Vaccination North-Western Provinces 1866-1877 - 1866-1877
Year: 1866
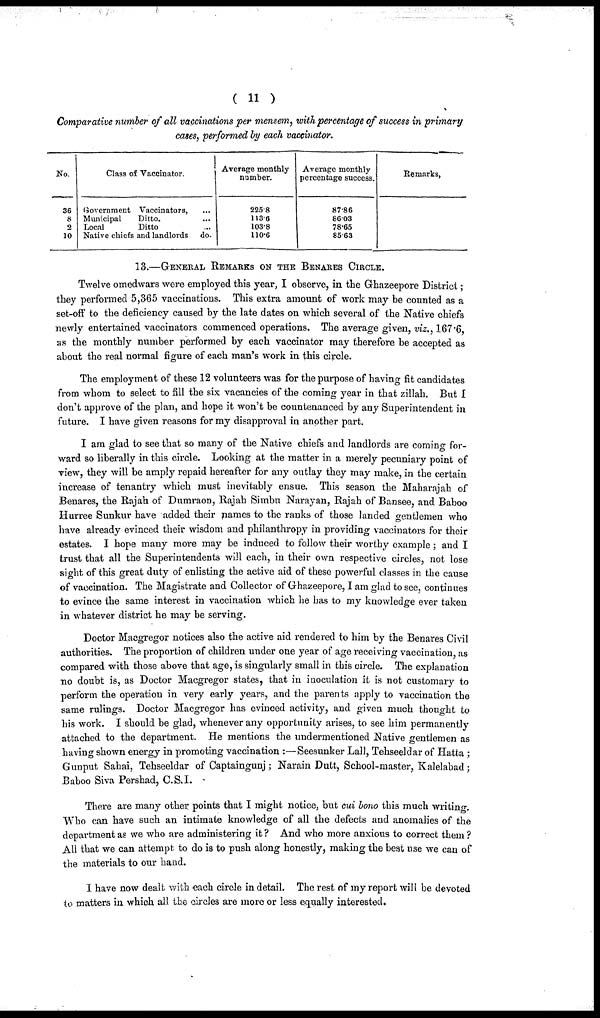
( 11 )
Comparative number of all vaccinations per mensem, with percentage of success in primary
cases, performed by each vaccinator.
No.
36
8
2
10
Class of Vaccinator.
Government Vaccinators, ...
Municipal
Ditto. ...
Local
Ditto. ...
Native chiefs and landlords
do.
Average monthly
number.
225.8
113.6
103.8
110.6
Average monthly
percentage success.
87.86
86.03
78.65
85.63
Remarks,
13.—GENERAL REMARKS ON THE BENARES CIRCLE.
Twelve omedwars were employed this year, I observe, in the Ghazeepore District;
they performed 5,365 vaccinations. This extra amount of work may be counted as a
set-off to the deficiency caused by the late dates on which several of the Native chiefs
newly entertained vaccinators commenced operations. The average given, viz., 167.6
as the monthly number performed by each vaccinator may therefore be accepted as
about the real normal figure of each man's work in this circle.
The employment of these 12 volunteers was for the purpose of having fit candidates
from whom to select to fill the six vacancies of the coming year in that zillah. But I
don't approve of the plan, and hope it won't be countenanced by any Superintendent in
future. I have given reasons for my disapproval in another part.
I am glad to see that so many of the Native chiefs and landlords are coming for-
ward so liberally in this circle. Looking at the matter in a merely pecuniary point of
view, they will be amply repaid hereafter for any outlay they may make, in the certain
increase of tenantry which must inevitably ensue. This season the Maharajah of
Benares, the Rajah of Dumraon, Rajah Simbu Narayan, Rajah of Bansee, and Baboo
Hurree Sunkur have added their names to the ranks of those landed gentlemen who
have already evinced their wisdom and philanthropy in providing vaccinators for their
estates. I hope many more may be induced to follow their worthy example ; and I
trust that all the Superintendents will each, in their own respective circles, not lose
sight of this great duty of enlisting the active aid of these powerful classes in the cause
of vaccination. The Magistrate and Collector of Ghazeepore, I am glad to see, continues
to evince the same interest in vaccination which he has to my knowledge ever taken
in whatever district he may be serving.
Doctor Macgregor notices also the active aid rendered to him by the Benares Civil
authorities. The proportion of children under one year of age receiving vaccination, as
compared with those above that age, is singularly small in this circle. The explanation
no doubt is, as Doctor Macgregor states, that in inoculation it is not customary to
perform the operation in very early years, and the parents apply to vaccination the
same rulings. Doctor Macgregor has evinced activity, and given much thought to
his work. I should be glad, whenever any opportunity arises, to see him permanently
attached to the department. He mentions the undermentioned Native gentlemen as
having shown energy in promoting vaccination :—Seesunker Lall, Tehseeldar of Hatta;
Gunput Sahai, Tehseeldar of Captaingunj; Narain Dutt, School-master, Kalelabad;
Baboo Siva Pershad, C.S.I.
There are many other points that I might notice, but cui bono this much writing.
Who can have such an intimate knowledge of all the defects and anomalies of the
department as we who are administering it ? And who more anxious to correct them ?
All that we can attempt to do is to push along honestly, making the best use we can of
the materials to our hand.
I have now dealt with each circle in detail. The rest of my report will be devoted
to matters in which all the circles are more or less equally interested.